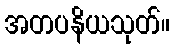
အတပနိယသုတ်။